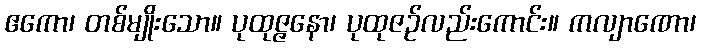
ဧကော၊ တစ်မျိုးသော။ ပုထုဇ္ဇနော၊ ပုထုဇဉ်လည်းကောင်း။ ကလျာဏော၊